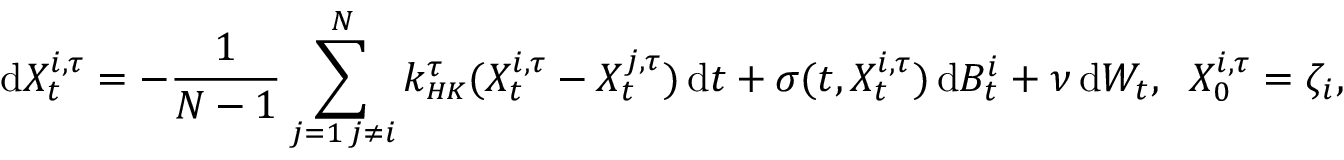
\mathrm { d } X _ { t } ^ { i , \tau } = - \frac { 1 } { N - 1 } \sum _ { \substack { j = 1 \, j \neq i } } ^ { N } k _ { \scriptscriptstyle { H K } } ^ { \tau } ( X _ { t } ^ { i , \tau } - X _ { t } ^ { j , \tau } ) \, \mathrm { d } t + \sigma ( t , X _ { t } ^ { i , \tau } ) \, \mathrm { d } B _ { t } ^ { i } + \nu \, \mathrm { d } W _ { t } , \; \; X _ { 0 } ^ { i , \tau } = \zeta _ { i } ,